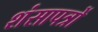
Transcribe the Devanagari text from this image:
शंसापत्रों